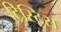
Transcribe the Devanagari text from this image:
ट्रिस्टिस